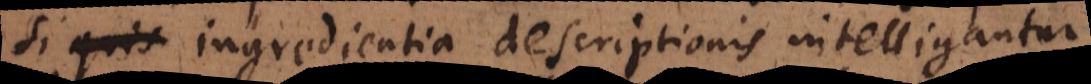
si ingredientia descriptionis intelligantur,